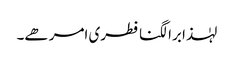
لہٰذا برا لگنا فطری امر ھے۔